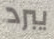
يبرد